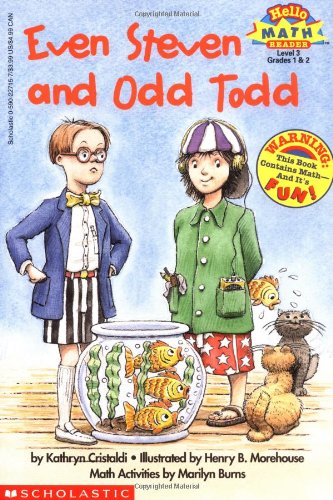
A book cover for Even Steven and Odd Todd, Level 3 (Hello Math Reader); Kathryn Cristaldi; Children's Books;